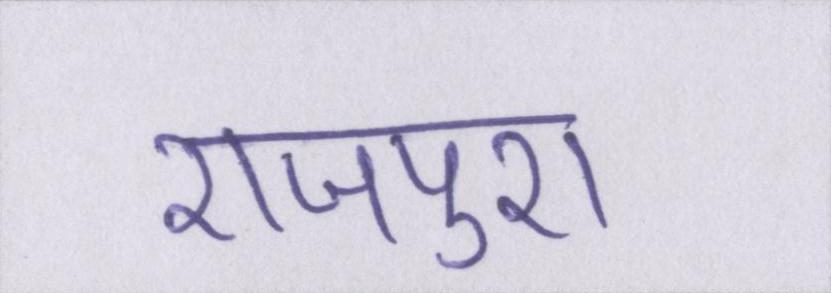
राजपुरा